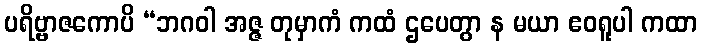
ပရိဗ္ဗာဇကောပိ “ဘဂဝါ အဇ္ဇ တုမှာကံ ကထံ ဌပေတွာ န မယာ ဧဝရူပါ ကထာ